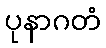
ပုနာဂတံ